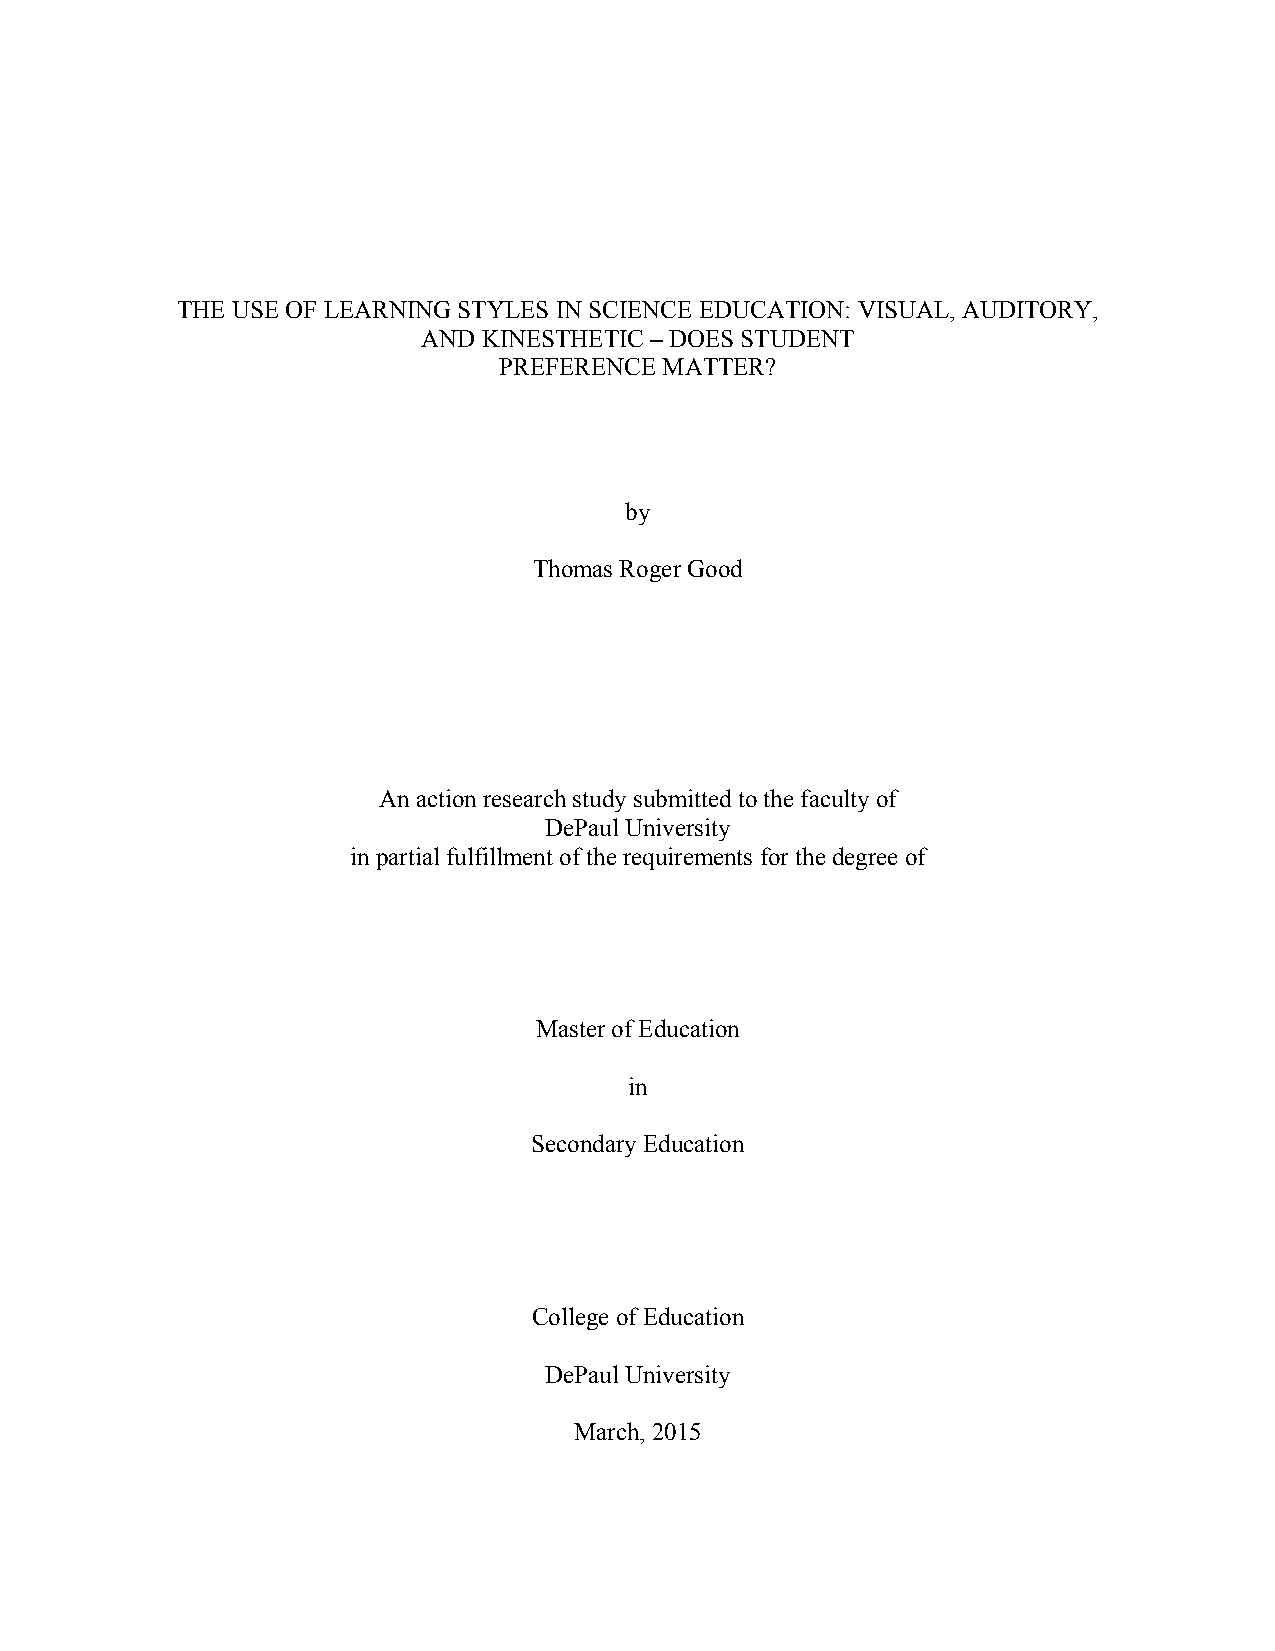
THE USE OF LEARNING STYLES IN SCIENCE EDUCATION: VISUAL, AUDITORY,
 AND KINESTHETIC – DOES STUDENT
 PREFERENCE MATTER?
 by
 Thomas Roger Good
 An action research study submitted to the faculty of
 DePaul University
 in partial fulfillment of the requirements for the degree of
 Master of Education
 in
 Secondary Education
 College of Education
 DePaul University
 March, 2015